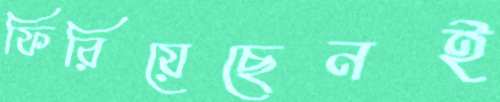
ফিরিয়েছেনই